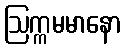
ဩက္ကမမာနော